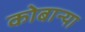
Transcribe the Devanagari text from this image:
कोबान्या